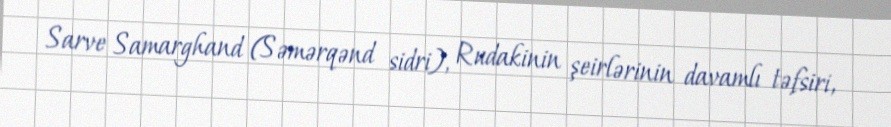
Sarve Samarghand (Səmərqənd sidri), Rudakinin şeirlərinin davamlı təfsiri,